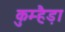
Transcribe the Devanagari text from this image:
कुम्हैड़ा